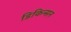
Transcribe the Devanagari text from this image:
डिकिन्‍सन